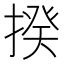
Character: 揆